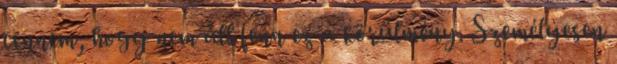
tennem, hogy nem áll fenn ez a körülmény. Személyesen